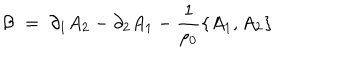
LaTeX: { \mathcal B } \; = \; \partial _ { 1 } A _ { 2 } - \partial _ { 2 } A _ { 1 } - \frac { 1 } { \rho _ { 0 } } \{ A _ { 1 } , A _ { 2 } \}